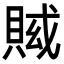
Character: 𧶍